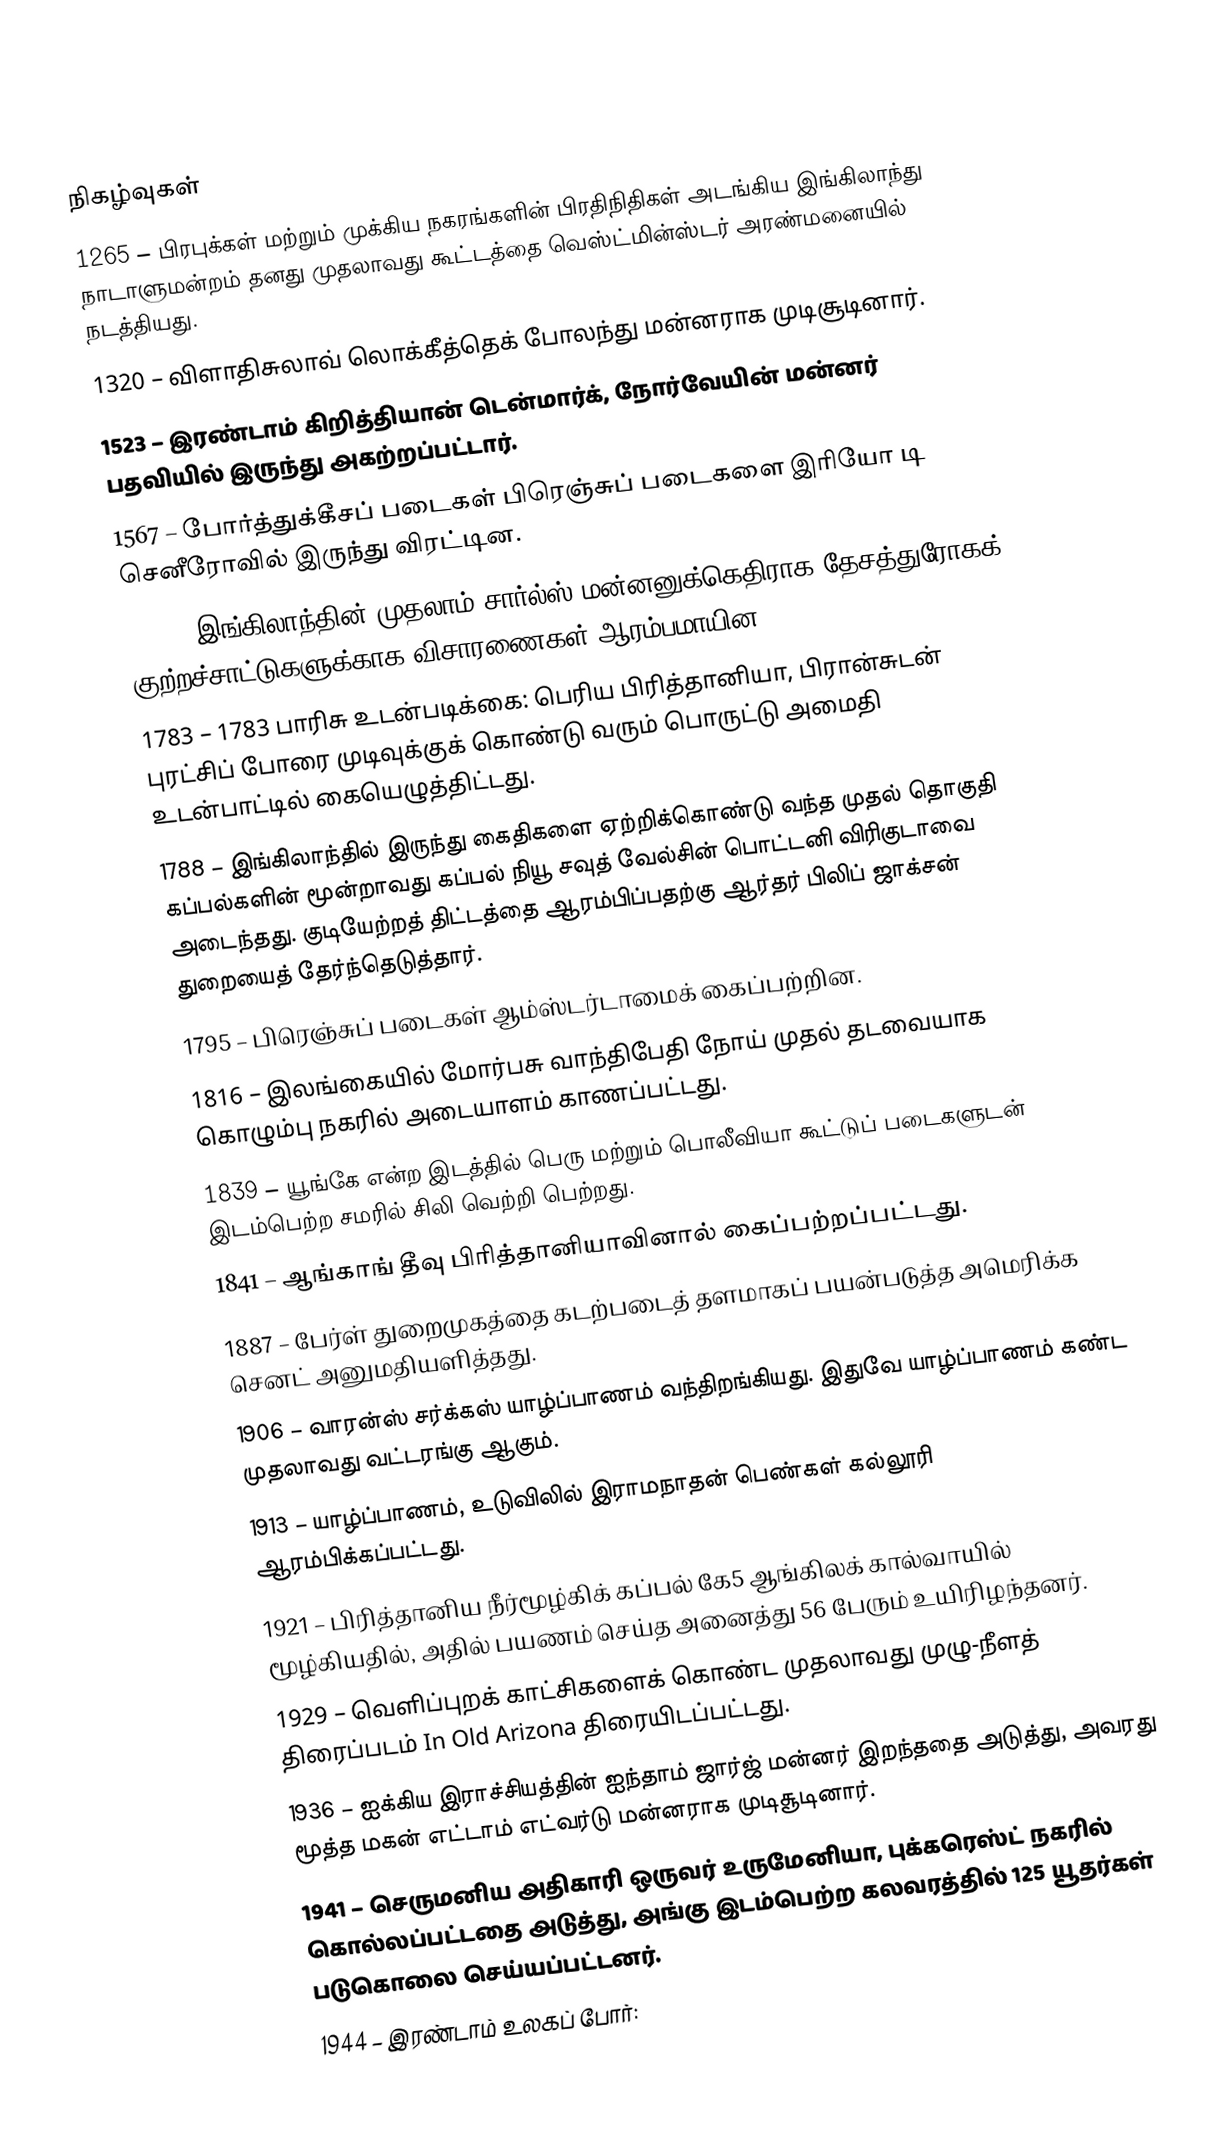

நிகழ்வுகள்
1265 – பிரபுக்கள் மற்றும் முக்கிய நகரங்களின் பிரதிநிதிகள் அடங்கிய இங்கிலாந்து நாடாளுமன்றம் தனது முதலாவது கூட்டத்தை வெஸ்ட்மின்ஸ்டர் அரண்மனையில் நடத்தியது.
1320 – விளாதிசுலாவ் லொக்கீத்தெக் போலந்து மன்னராக முடிசூடினார்.
1523 – இரண்டாம் கிறித்தியான் டென்மார்க், நோர்வேயின் மன்னர் பதவியில் இருந்து அகற்றப்பட்டார்.
1567 – போர்த்துக்கீசப் படைகள் பிரெஞ்சுப் படைகளை இரியோ டி செனீரோவில் இருந்து விரட்டின.
1649 – இங்கிலாந்தின் முதலாம் சார்ல்ஸ் மன்னனுக்கெதிராக தேசத்துரோகக் குற்றச்சாட்டுகளுக்காக விசாரணைகள் ஆரம்பமாயின.
1783 – 1783 பாரிசு உடன்படிக்கை: பெரிய பிரித்தானியா, பிரான்சுடன் புரட்சிப் போரை முடிவுக்குக் கொண்டு வரும் பொருட்டு அமைதி உடன்பாட்டில் கையெழுத்திட்டது.
1788 – இங்கிலாந்தில் இருந்து கைதிகளை ஏற்றிக்கொண்டு வந்த முதல் தொகுதி கப்பல்களின் மூன்றாவது கப்பல் நியூ சவுத் வேல்சின் பொட்டனி விரிகுடாவை அடைந்தது. குடியேற்றத் திட்டத்தை ஆரம்பிப்பதற்கு ஆர்தர் பிலிப் ஜாக்சன் துறையைத் தேர்ந்தெடுத்தார்.
1795 – பிரெஞ்சுப் படைகள் ஆம்ஸ்டர்டாமைக் கைப்பற்றின.
1816 – இலங்கையில் மோர்பசு வாந்திபேதி நோய் முதல் தடவையாக கொழும்பு நகரில் அடையாளம் காணப்பட்டது.
1839 – யூங்கே என்ற இடத்தில் பெரு மற்றும் பொலீவியா கூட்டுப் படைகளுடன் இடம்பெற்ற சமரில் சிலி வெற்றி பெற்றது.
1841 – ஆங்காங் தீவு பிரித்தானியாவினால் கைப்பற்றப்பட்டது.
1887 – பேர்ள் துறைமுகத்தை கடற்படைத் தளமாகப் பயன்படுத்த அமெரிக்க செனட் அனுமதியளித்தது.
1906 – வாரன்ஸ் சர்க்கஸ் யாழ்ப்பாணம் வந்திறங்கியது. இதுவே யாழ்ப்பாணம் கண்ட முதலாவது வட்டரங்கு ஆகும்.
1913 – யாழ்ப்பாணம், உடுவிலில் இராமநாதன் பெண்கள் கல்லூரி ஆரம்பிக்கப்பட்டது.
1921 – பிரித்தானிய நீர்மூழ்கிக் கப்பல் கே5 ஆங்கிலக் கால்வாயில் மூழ்கியதில், அதில் பயணம் செய்த அனைத்து 56 பேரும் உயிரிழந்தனர்.
1929 – வெளிப்புறக் காட்சிகளைக் கொண்ட முதலாவது முழு-நீளத் திரைப்படம் In Old Arizona திரையிடப்பட்டது.
1936 – ஐக்கிய இராச்சியத்தின் ஐந்தாம் ஜார்ஜ் மன்னர் இறந்ததை அடுத்து, அவரது மூத்த மகன் எட்டாம் எட்வர்டு மன்னராக முடிசூடினார்.
1941 – செருமனிய அதிகாரி ஒருவர் உருமேனியா, புக்கரெஸ்ட் நகரில் கொல்லப்பட்டதை அடுத்து, அங்கு இடம்பெற்ற கலவரத்தில் 125 யூதர்கள் படுகொலை செய்யப்பட்டனர்.
1944 – இரண்டாம் உலகப் போர்: